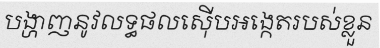
បង្ហាញនូវលទ្ធផលស៊ើបអង្កេតរបស់ខ្លួន